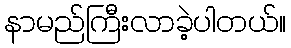
နာမည်ကြီးလာခဲ့ပါတယ်။